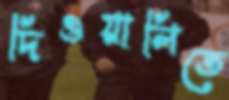
দিওয়ালিতে